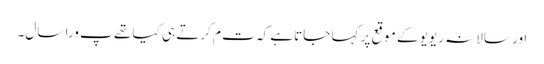
اور سالانہ ریویو کے موقع پر کہا جاتاہے کہ ت م کرتے ہی کیا تھے پ ورا سال۔